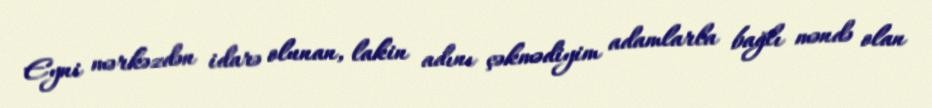
Eyni mərkəzdən idarə olunan, lakin adını çəkmədiyim adamlarla bağlı məndə olan